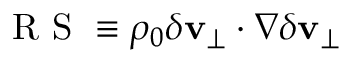
\mathrm { ~ R ~ S ~ } \equiv \rho _ { 0 } \delta \mathbf { v } _ { \perp } \cdot \nabla \delta \mathbf { v } _ { \perp }